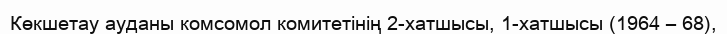
Көкшетау ауданы комсомол комитетінің 2-хатшысы, 1-хатшысы (1964 – 68),